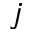
j